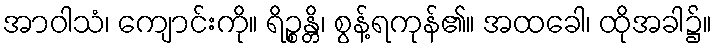
အာဝါသံ၊ ကျောင်းကို။ ရိဉ္စန္တိ၊ စွန့်ရကုန်၏။ အထခေါ၊ ထိုအခါ၌။